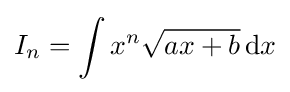
I_{n}=\int x^{n}{\sqrt {ax+b}}\,{\text{d}}x\,\!